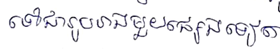
ទៅជារូបរាងមួយផ្សេងទៀត